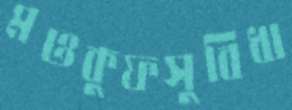
মওকুফসুবিধা